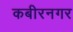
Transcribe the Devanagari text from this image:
कबीरनगर